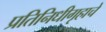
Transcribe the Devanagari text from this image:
प्रतिनिधीगृहाचे